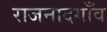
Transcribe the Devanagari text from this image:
राजनादगाँव